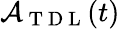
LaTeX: \mathcal{A}_{\mathrm{~T~D~L~}}(t)